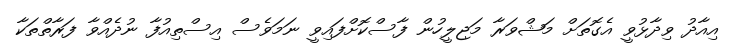
އިއާދު ވިދާޅުވީ އެގޮތަށް މަޝްވަރާ މަޖިލީހުން ފާސްކޮށްފައިވީ ނަމަވެސް އިސްތިއުފާ ނުދެއްވާ ފަރާތްތަކާ